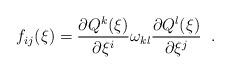
LaTeX: \begin{align*}f_{ij}(\xi) = \frac{\partial Q^{k}(\xi)}{\partial \xi^i} \omega_{kl}\frac{\partial Q^{l}(\xi)}{\partial \xi^j}\; \; .\end{align*}